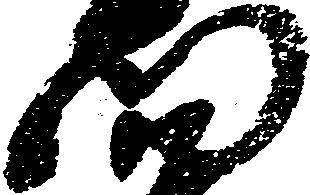
門